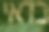
כדאי